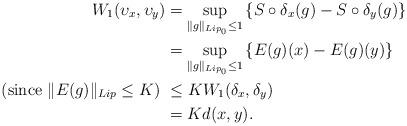
LaTeX: \begin{align*}W_1(\upsilon_x , \upsilon_y) &= \sup_{\|g\|_{Lip_0}\leq 1} \left\{S\circ\delta_x(g) - S\circ\delta_y(g)\right\}\\&= \sup_{\|g\|_{Lip_0}\leq 1}\left\{ E(g)(x)-E(g)(y)\right\}\\\hbox{(since $\|E(g)\|_{Lip} \leq K$)} \ & \leq K W_1(\delta_x, \delta_y)\\&= K d(x, y).\end{align*}